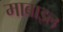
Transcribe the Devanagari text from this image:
माबाइल